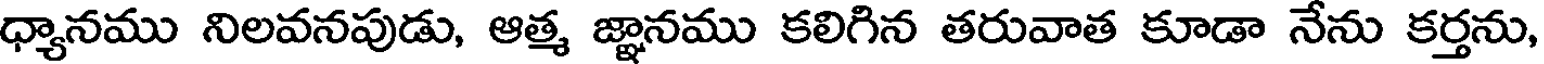
ధ్యానము నిలవనపుడు, ఆత్మ జ్ఞానము కలిగిన తరువాత కూడా నేను కర్తను,